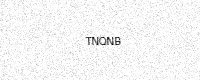
Text: TNQNB